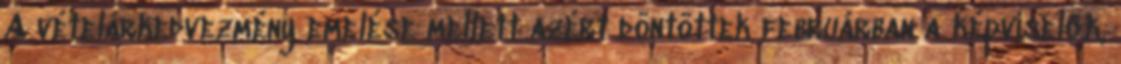
A vételárkedvezmény emelése mellett azért döntöttek februárban a képviselők,